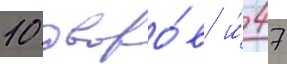
10 дворо́в и́ 47